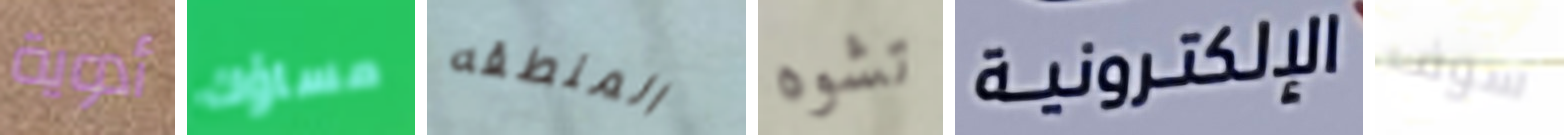
أدوية مساؤك المنطقه تشوه الإلكترونية سوف